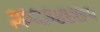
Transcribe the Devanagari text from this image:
२२६३४४७५